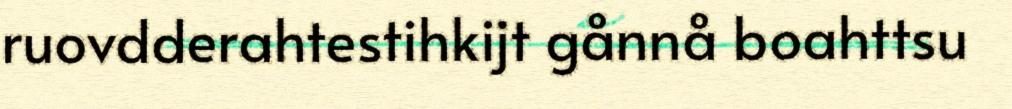
ruovdderahtestihkijt gånnå boahttsu